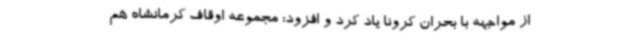
از مواجهه با بحران کرونا یاد کرد و افزود: مجموعه اوقاف کرمانشاه هم